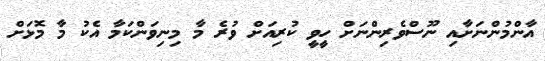
އާންމުންނަށާއި ނޫސްވެރިންނަށް ހީވީ ކުރިއަށް ވުރެ މާ މިނިވަންކަމާ އެކު މާ މޮޅަށް